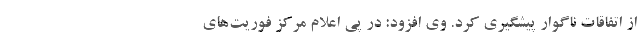
از اتفاقات ناگوار پیشگیری کرد. وی افزود: در پی اعلام مرکز فوریت‌های